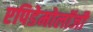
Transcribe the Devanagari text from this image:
एपिडेमोलॉजी